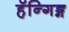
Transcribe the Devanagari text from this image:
हॅन्गिङ्ग